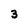
Character: 3